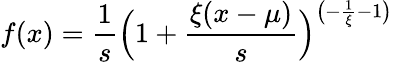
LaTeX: f(x)={\frac{1}{s}}{\Bigl(}1+{\frac{\xi(x-\mu)}{s}}{\Bigr)}^{{\bigl(}-{\frac{1}{\xi}}-1{\bigr)}}